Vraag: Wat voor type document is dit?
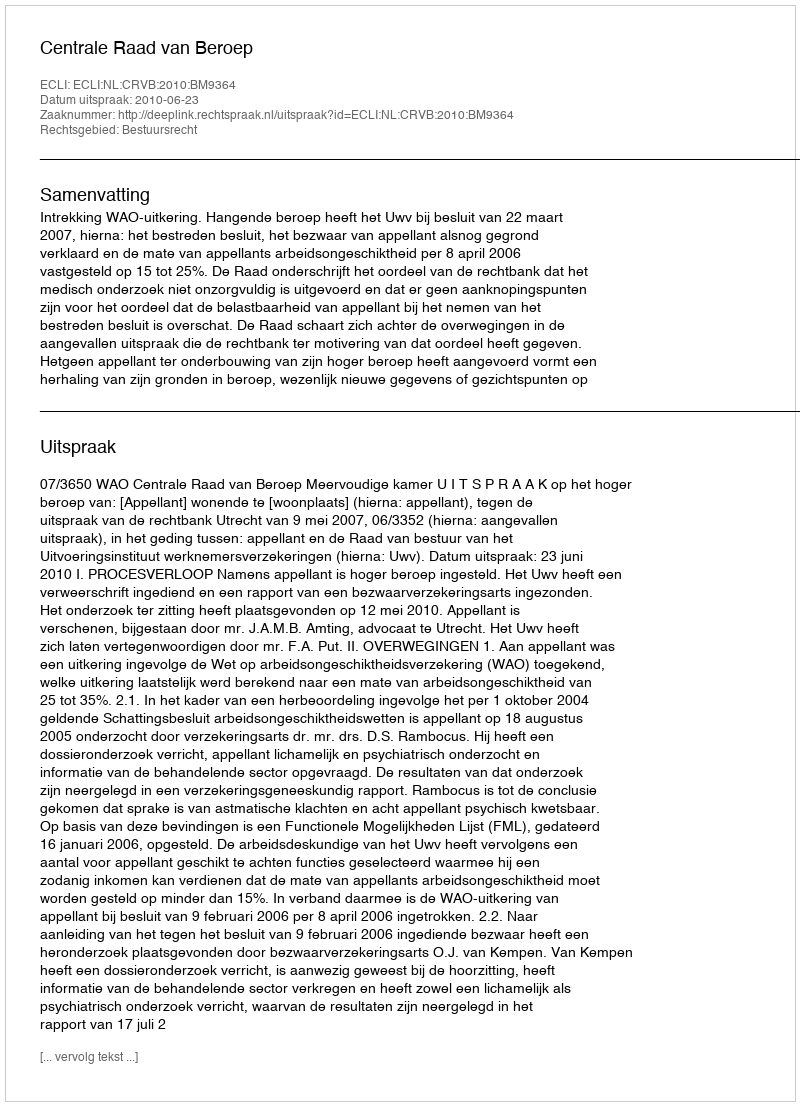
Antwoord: Uitspraak